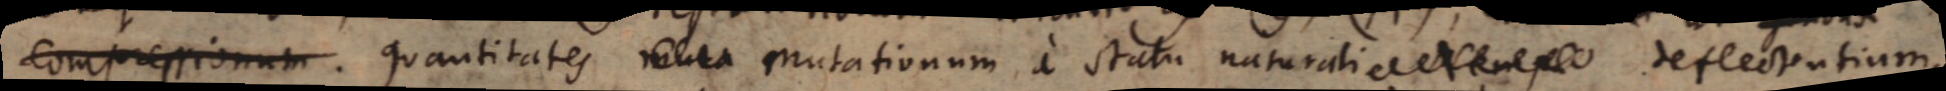
compressionum quantitates mutationum a statu naturali . Nempe deflectentium.